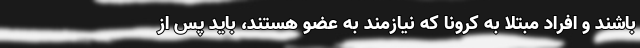
باشند و افراد مبتلا به کرونا که نیازمند به عضو هستند، باید پس از